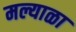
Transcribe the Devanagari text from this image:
मल्याळा